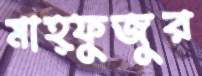
মাহ্ফুজুর